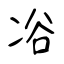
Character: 𠗖